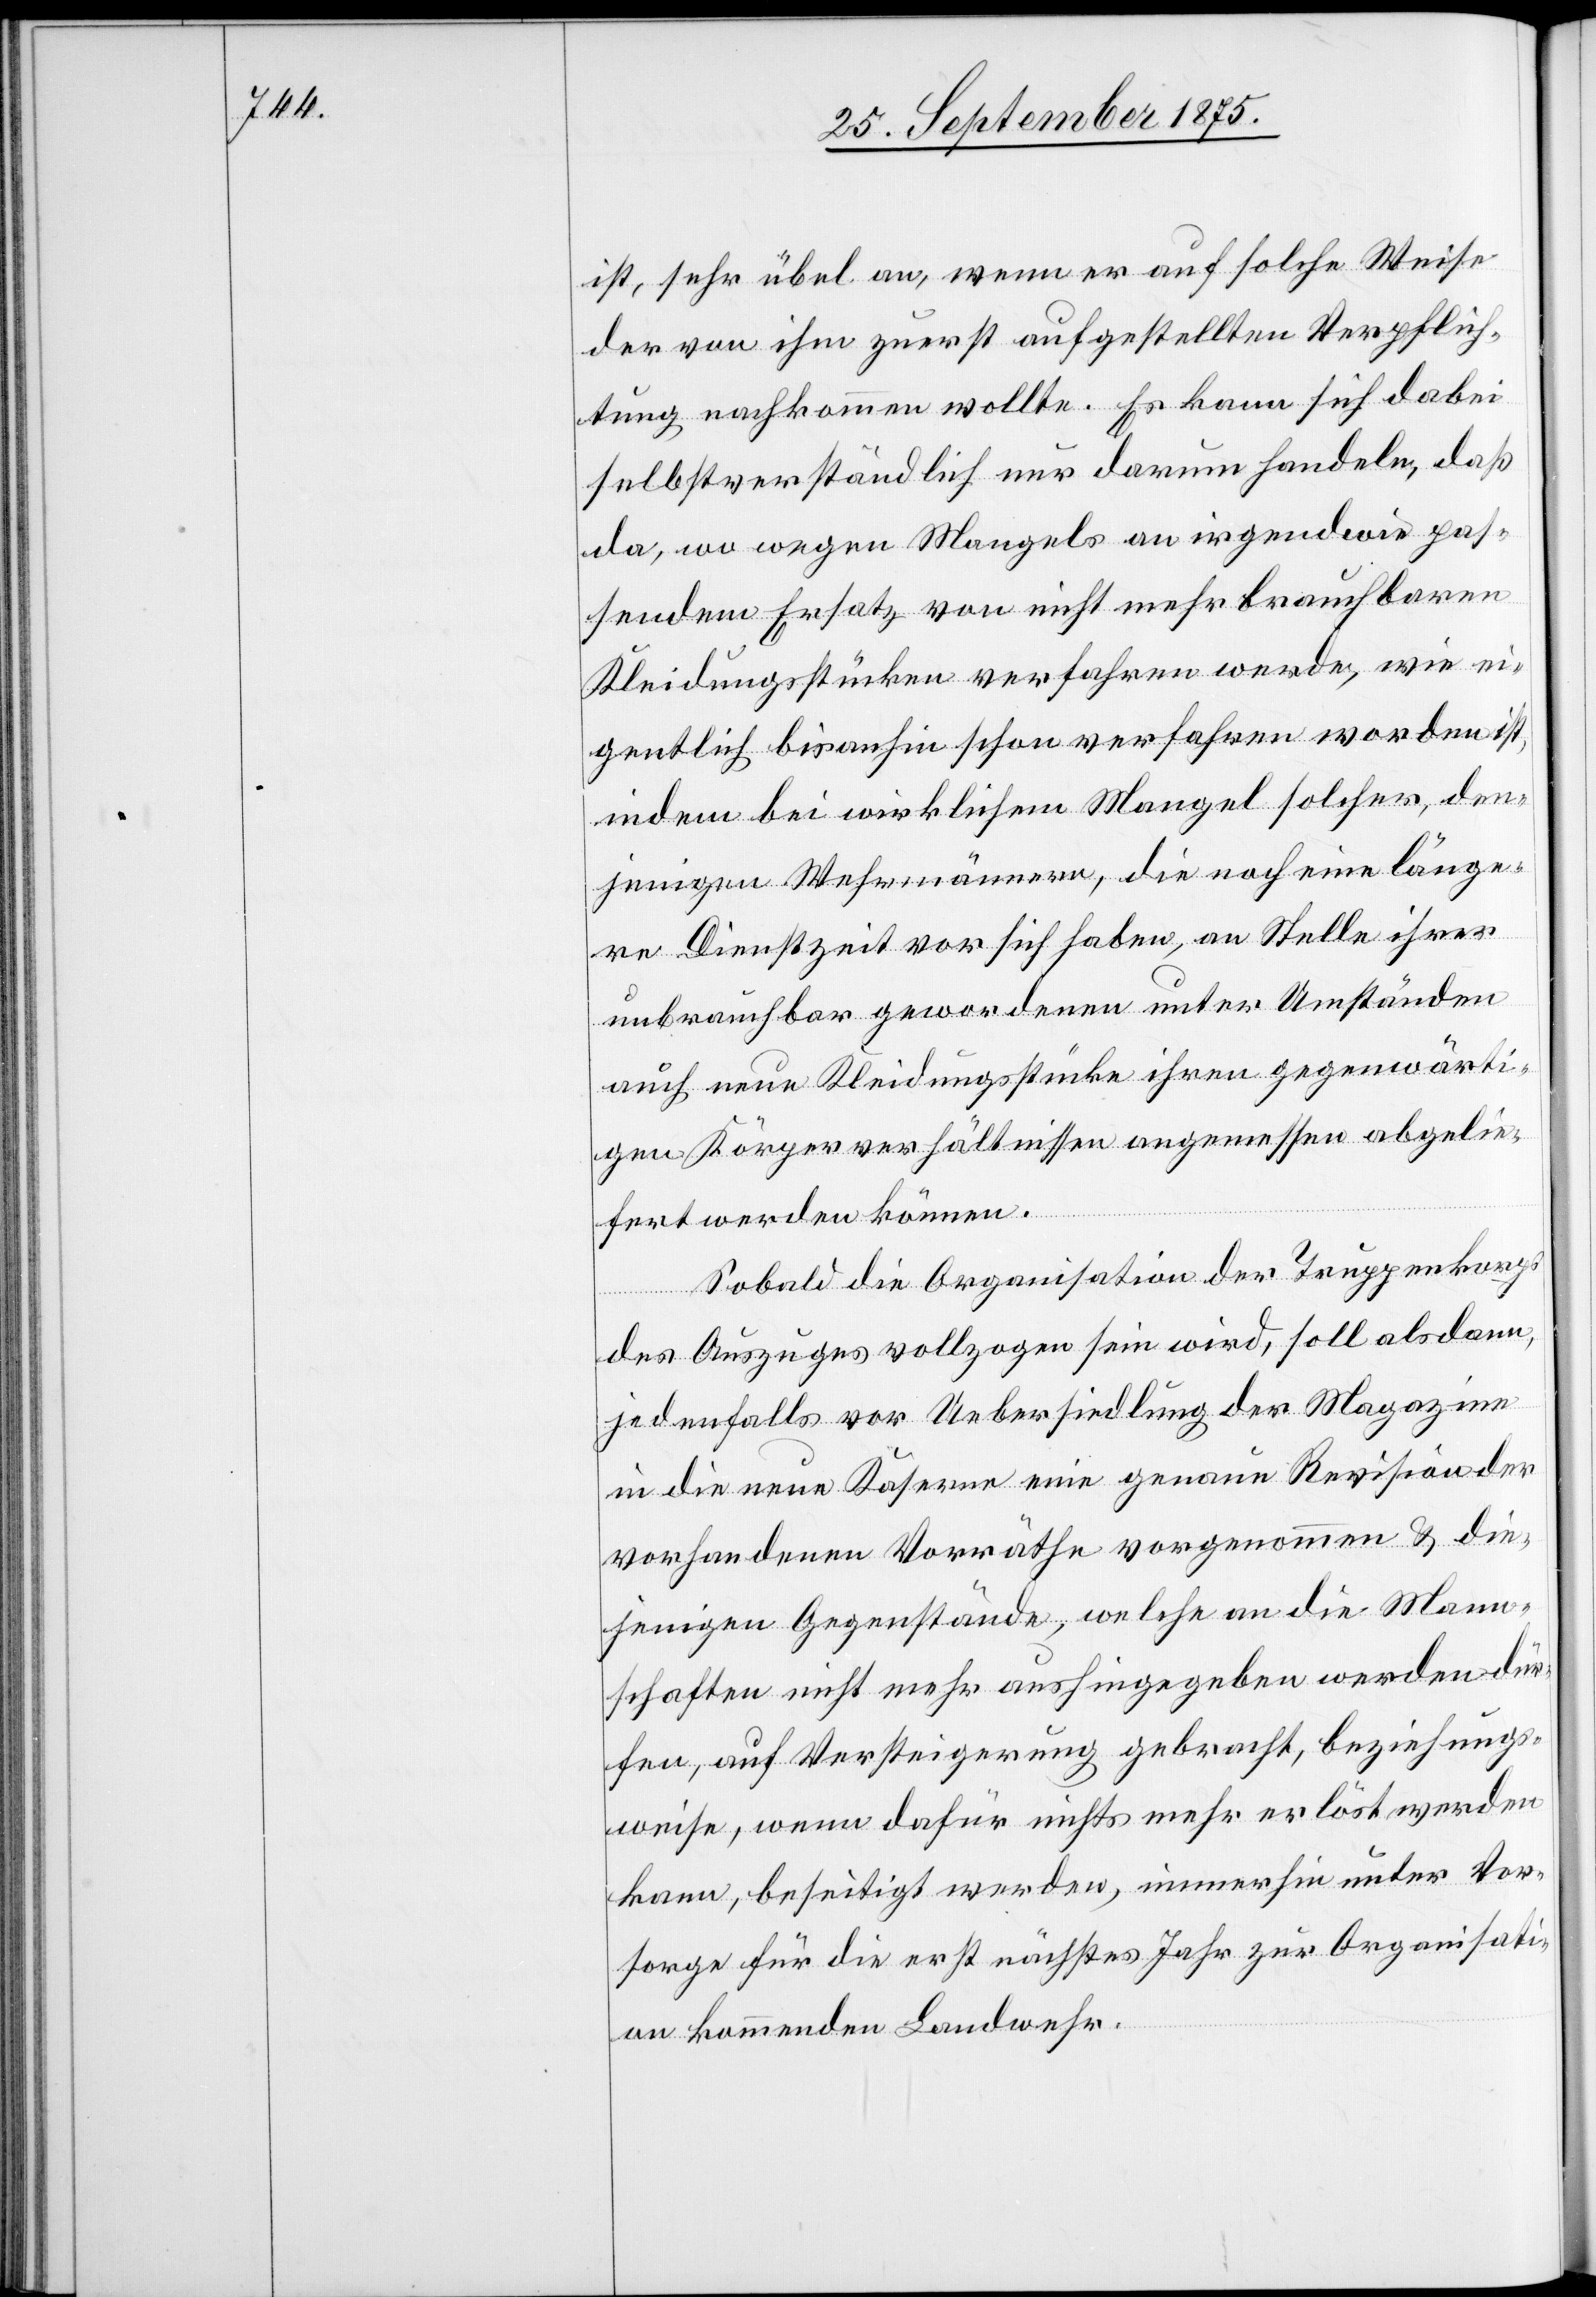
ist, sehr übel an, wenn er auf solche Weise
der von ihm zuerst aufgestellten Verpflich¬
tung nachkommen wollte. Es kann sich dabei
selbstverständlich nur darum handeln, daß
da, wo wegen Mangels an irgendwie pas¬
sendem Ersatz von nicht mehr brauchbaren
Kleidungsstücken verfahren werde, wie ei¬
gentlich bis anhin schon verfahren worden ist,
indem bei wirklichem Mangel solcher, den¬
jenigen Wehrmännern, die noch eine länge¬
re Dienstzeit vor sich haben, an Stelle ihrer
unbrauchbar gewordenen unter Umständen
auch neue Kleidungsstücke ihren gegenwärti¬
gen Körperverhältnissen angemessen abgelie¬
fert werden können.
Sobald die Organisation der Truppenkorps
des Auszuges vollzogen sein wird, soll alsdann,
jedenfalls vor Uebersiedlung der Magazine
in die neue Kaserne eine genaue Revision der
vorhandenen Vorräthe vorgenommen & die¬
jenigen Gegenstände, welche an die Mann¬
schaften nicht mehr aushingegeben werden dür¬
fen, auf Versteigerung gebracht, beziehungs¬
weise, wenn dafür nichts mehr erlöst werden
kann, beseitigt werden, immerhin unter Vor¬
sorge für die erst nächstes Jahr zur Organisati¬
on kommenden Landwehr.